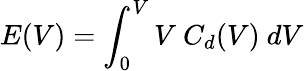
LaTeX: E(V)=\int_{0}^{V}V~C_{d}(V)~dV